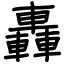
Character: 轟